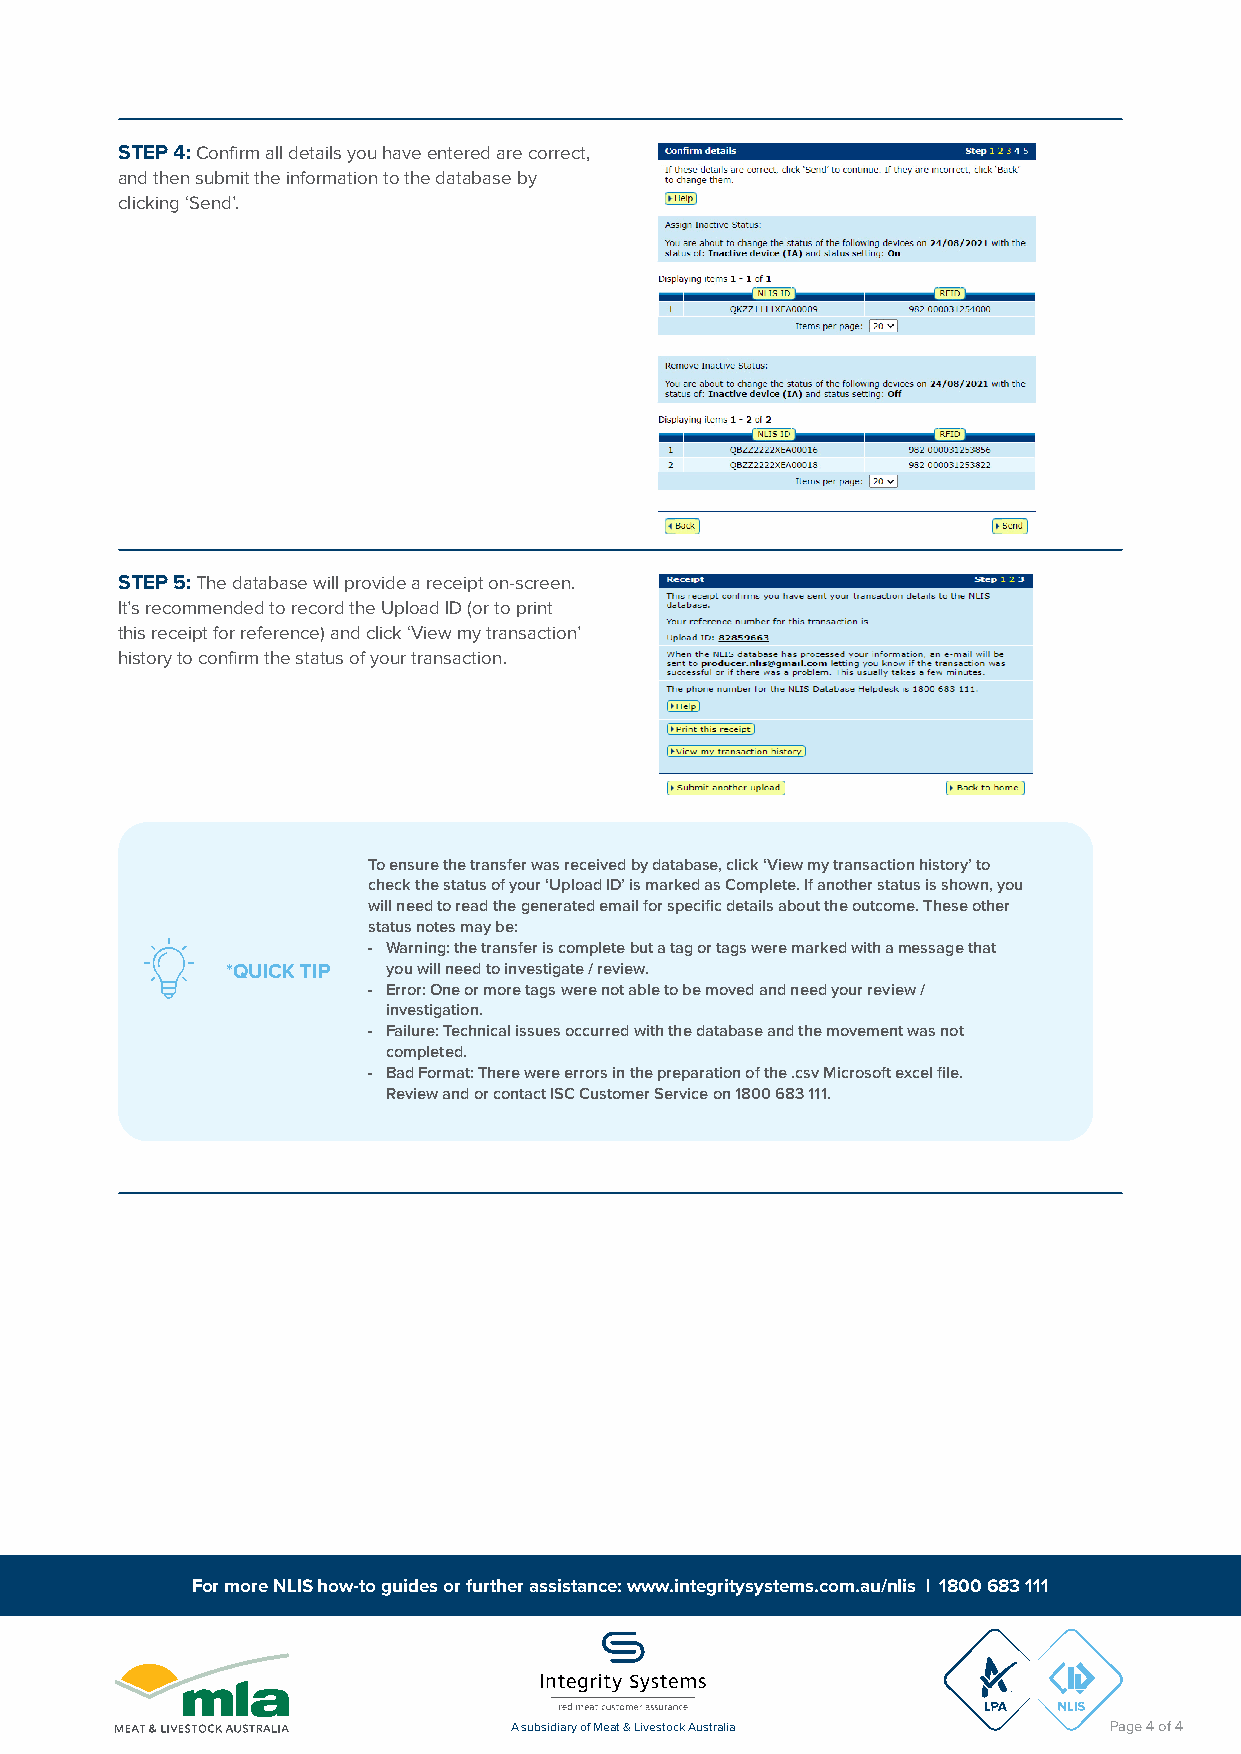
STEP 4: Confirm all details you have entered are correct,
 and then submit the information to the database by
 clicking ‘Send’.
 STEP 5: The database will provide a receipt on-screen.
 It’s recommended to record the Upload ID (or to print
 this receipt for reference) and click ‘View my transaction’
 history to confirm the status of your transaction.
 To ensure the transfer was received by database, click ‘View my transaction history’ to
 check the status of your ‘Upload ID’ is marked as Complete. If another status is shown, you
 will need to read the generated email for specific details about the outcome. These other
 status notes may be:
 - Warning: the transfer is complete but a tag or tags were marked with a message that
 *QUICK TIP you will need to investigate / review.
 - Error: One or more tags were not able to be moved and need your review /
 investigation.
 - Failure: Technical issues occurred with the database and the movement was not
 completed.
 - Bad Format: There were errors in the preparation of the .csv Microsoft excel file.
 Review and or contact ISC Customer Service on 1800 683 111.
 For more NLIS how-to guides or further assistance: www.integritysystems.com.au/nlis | 1800 683 111
 A subsidiary of Meat & Livestock Australia Page 4 of 4